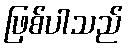
ဖြစ်ပါသည်